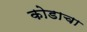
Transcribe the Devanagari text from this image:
कोडाचा